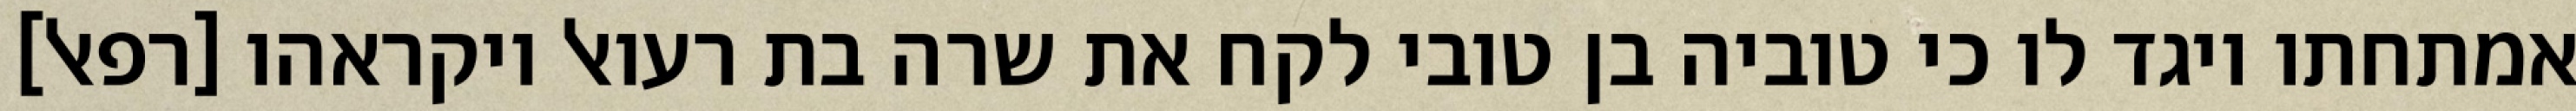
אמתחתו ויגד לו כי טוביה בן טובי לקח את שרה בת רעואל ויקראהו [רפאל]